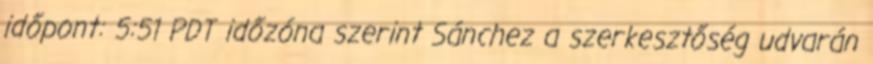
időpont: 5:51 PDT időzóna szerint Sánchez a szerkesztőség udvarán